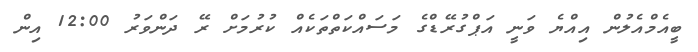
ބީއެމްއެލުން އިއްޔެ ވަނީ އަޕްގުރޭޑްގެ މަސައްކަތްތަކެއް ކުރުމަށް ރޭ ދަންވަރު 12:00 އިން